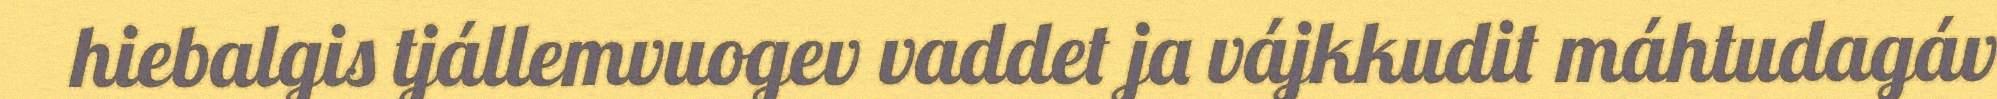
hiebalgis tjállemvuogev vaddet ja vájkkudit máhtudagáv